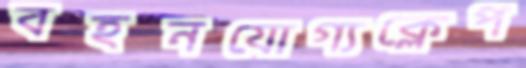
বহনযোগ্যক্লেপ